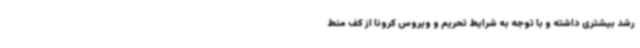
رشد بیشتری داشته و با توجه به شرایط تحریم و ویروس کرونا از کف منط